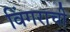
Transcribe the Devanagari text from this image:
विंगराची